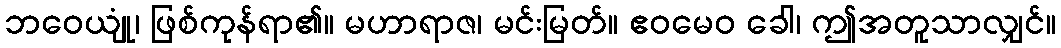
ဘဝေယျုံ၊ ဖြစ်ကုန်ရာ၏။ မဟာရာဇ၊ မင်းမြတ်။ ဧဝမေဝ ခေါ၊ ဤအတူသာလျှင်။